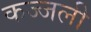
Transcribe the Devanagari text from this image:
कज्‍जली